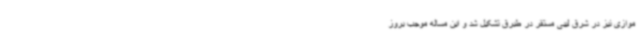
موازی نیز در شرق لیبی مستقر در طبرق تشکیل شد و این مساله موجب بروز